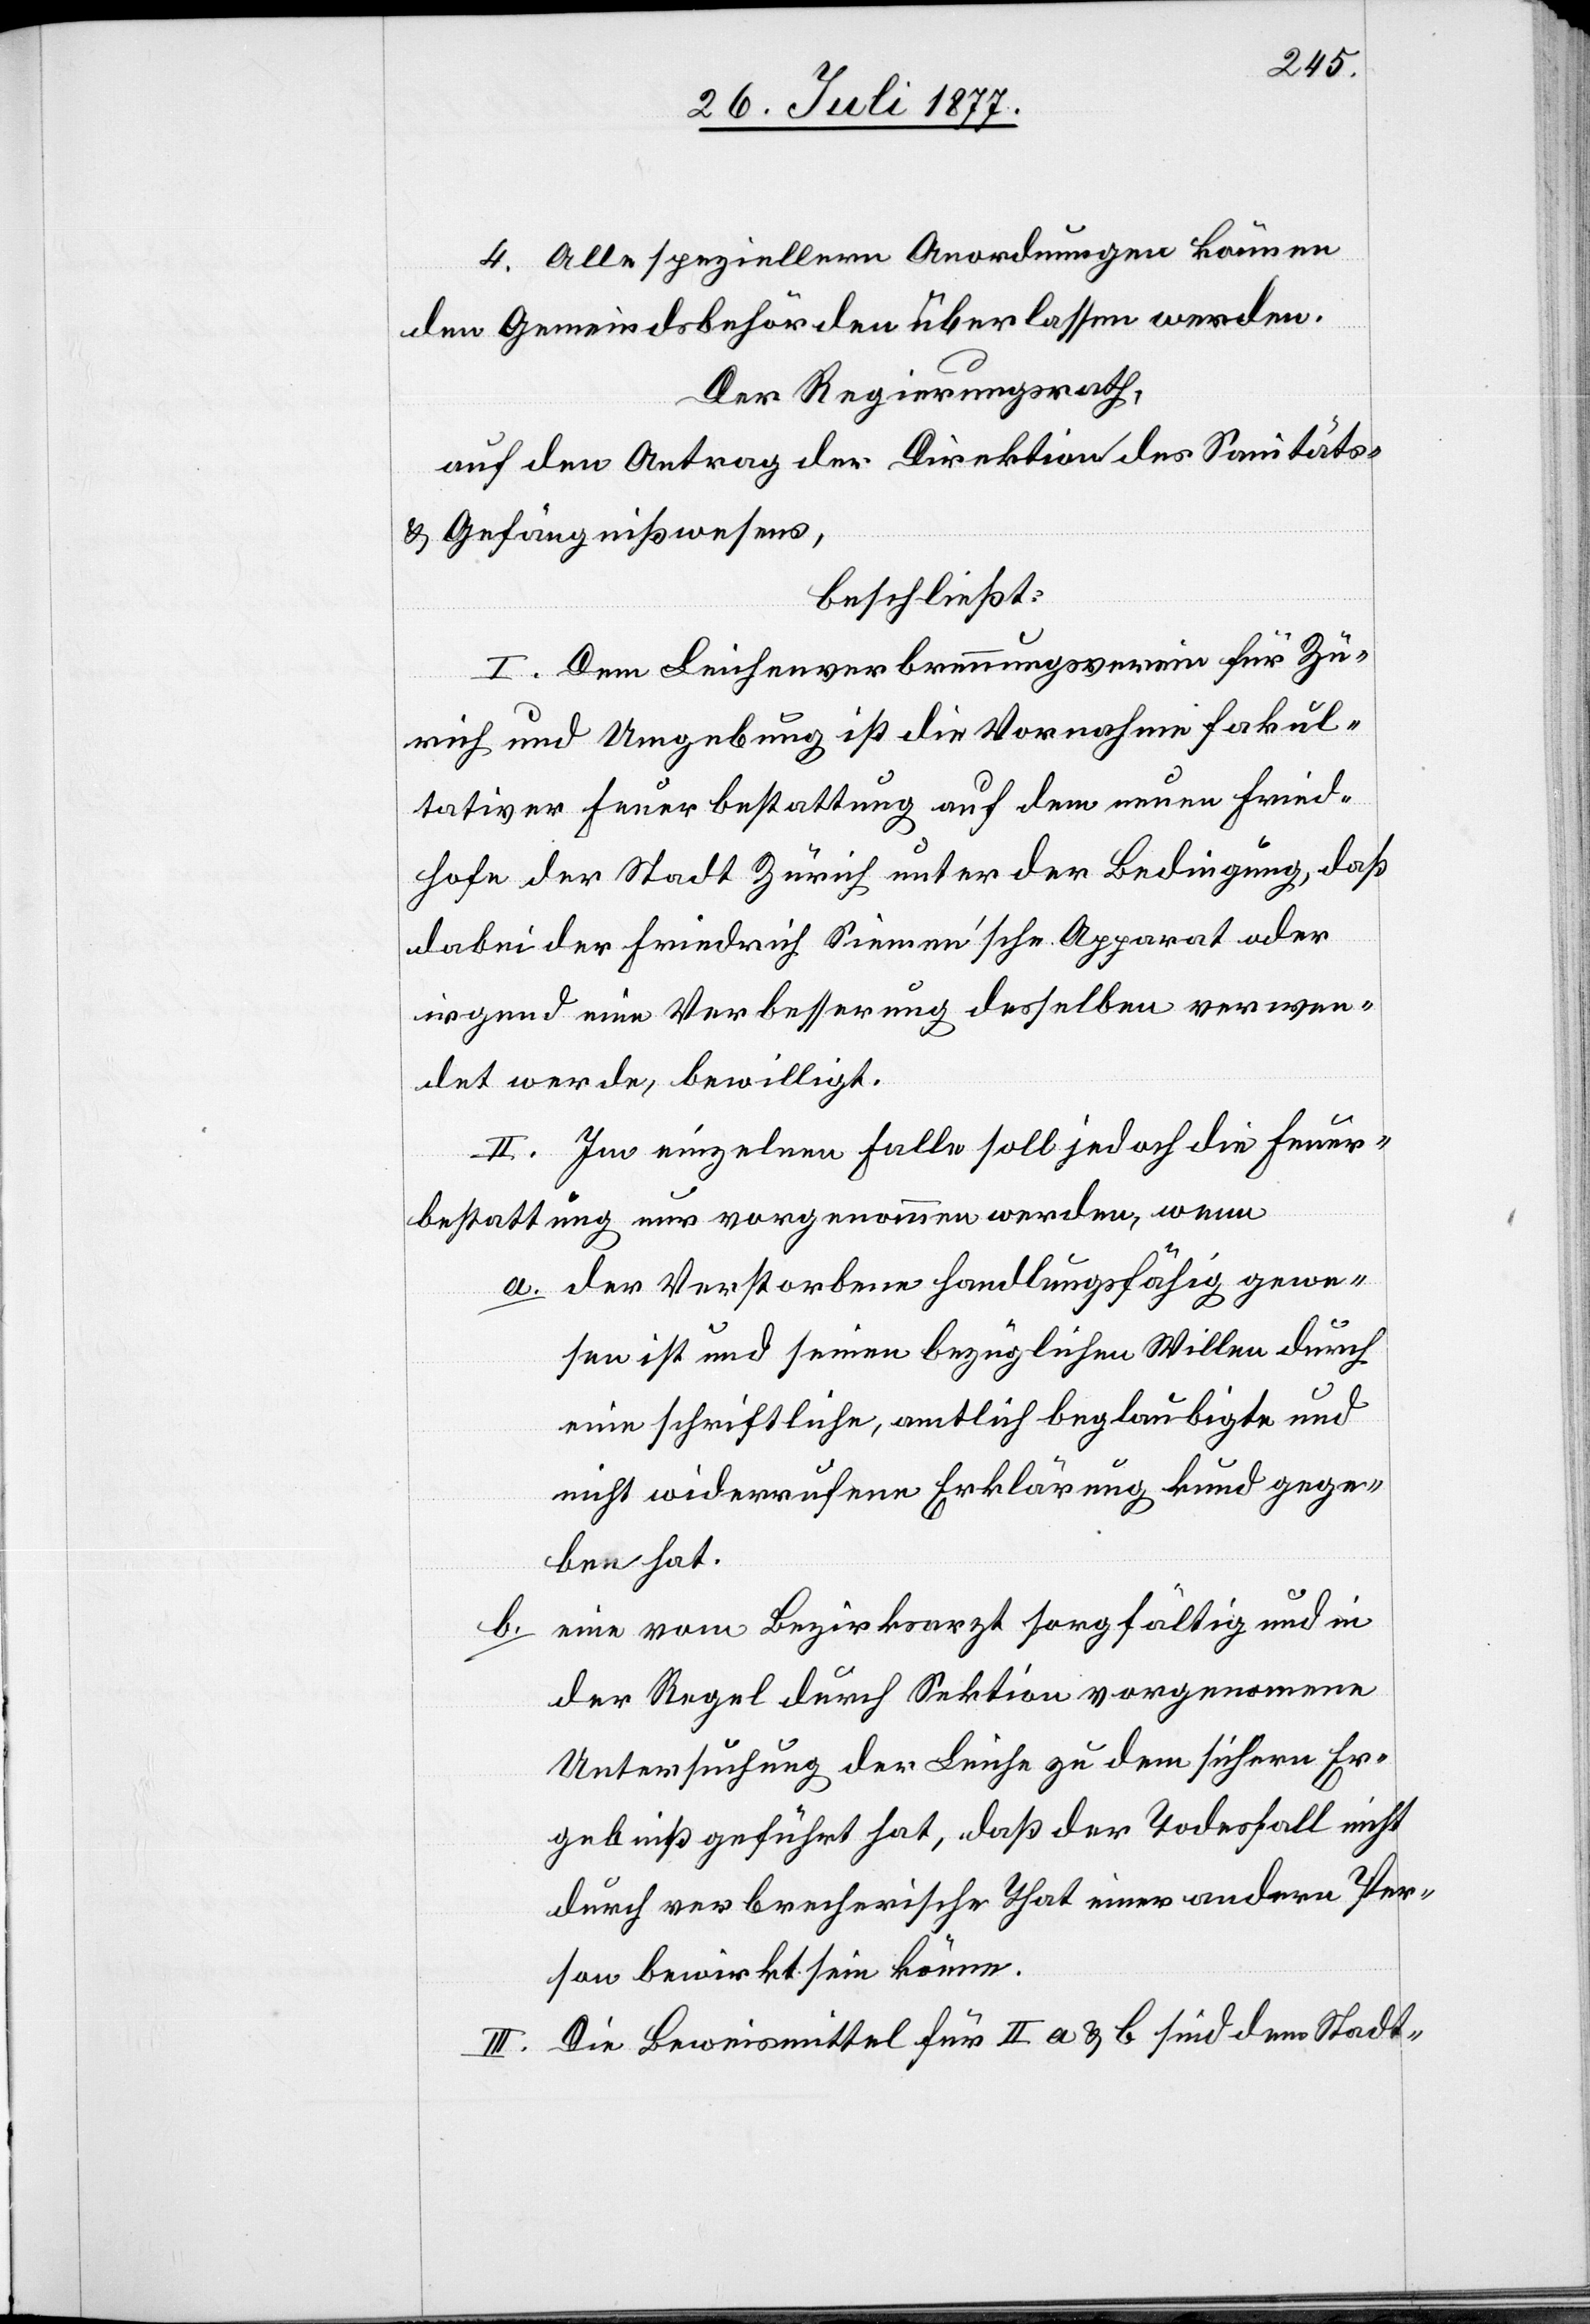
4. Alle speziellern Anordnungen können
den Gemeindsbehörden überlassen werden.
Der Regierungsrath,
auf den Antrag der Direktion des Sanitäts-
& Gefängnißwesens,
beschließt:
I. Dem Leichenverbrennungsverein für Zü¬
rich und Umgebung ist die Vornahme fakul¬
tativer Feuerbestattung auf dem neuen Fried¬
hofe der Stadt Zürich unter der Bedingung, daß
dabei der Friedrich Siemen’sche Apparat oder
irgend eine Verbesserung desselben verwen¬
det werde, bewilligt.
II. Im einzelnen Falle soll jedoch die Feuer¬
bestattung nur vorgenommen werden, wenn
der Verstorbene handlungsfähig gewe¬
sen ist und seinen bezüglichen Willen durch
eine schriftliche, amtlich beglaubigte und
nicht widerrufene Erklärung kund gege¬
ben hat.
eine vom Bezirksarzt sorgfältig und in
b.
der Regel durch Sektion vorgenom[m]ene
Untersuchung der Leiche zu dem sichern Er¬
gebniß geführt hat, daß der Todesfall nicht
durch verbrecherische That einer andern Per¬
son bewirkt sein könne.
III. Die Beweismittel für II a & b sind dem Stadt-